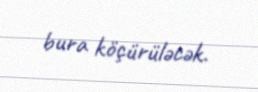
bura köçürüləcək.